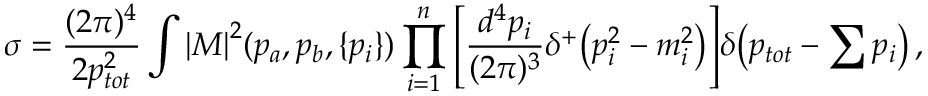
\sigma = \frac { ( 2 \pi ) ^ { 4 } } { 2 p _ { t o t } ^ { 2 } } \int { { | \cal { M } | } ^ { 2 } ( p _ { a } , p _ { b } , \{ p _ { i } \} ) \prod _ { i = 1 } ^ { n } { \left[ \frac { d ^ { 4 } p _ { i } } { ( 2 \pi ) ^ { 3 } } \delta ^ { + } \! \left( p _ { i } ^ { 2 } - m _ { i } ^ { 2 } \right) \right] } \delta \! \left( p _ { t o t } - \sum { p _ { i } } \right) , }